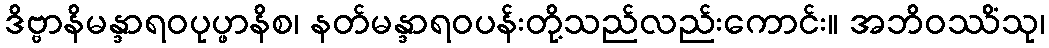
ဒိဗ္ဗာနိမန္ဒာရဝပုပ္ဖာနိစ၊ နတ်မန္ဒာရဝပန်းတို့သည်လည်းကောင်း။ အဘိဝဿိံသု၊